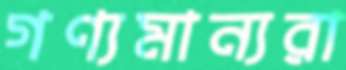
গণ্যমান্যরা